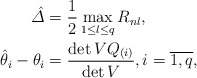
\begin{align*} \hat{\varDelta} &= \frac{1}{2} \max_{1\leq l \leq q}R_{nl},\\ \hat{\theta}_i -\theta_i &= \frac{\det VQ_{(i)}}{\det V} , i= \overline{1,q},\end{align*}